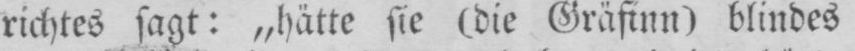
richtes sagt: „hätte sie (die Gräfinn) blindes